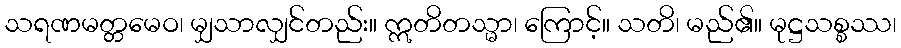
သရဏမတ္တမေဝ၊ မျှသာလျှင်တည်း။ ဣတိတသ္မာ၊ ကြောင့်။ သတိ၊ မည်၏။ မုဋ္ဌသစ္စဿ၊